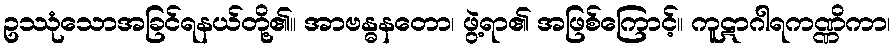
ဥဿုံသောအခြင်ရနယ်တို့၏။ အာဗန္ဓနတော၊ ဖွဲ့ရာ၏ အဖြစ်ကြောင့်။ ကူဋာဂါရကဏ္ဏိကာ၊